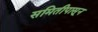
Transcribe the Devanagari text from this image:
समितीपासून